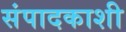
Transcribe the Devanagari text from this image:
संपादकाशी